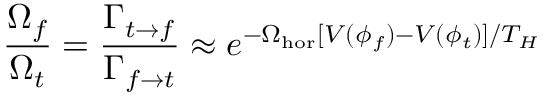
{ \frac { \Omega _ { f } } { \Omega _ { t } } } = { \frac { \Gamma _ { t \rightarrow f } } { \Gamma _ { f \rightarrow t } } } \approx e ^ { - \Omega _ { \mathrm { h o r } } [ V ( \phi _ { f } ) - V ( \phi _ { t } ) ] / T _ { H } }